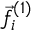
\vec { f } _ { i } ^ { ( 1 ) }